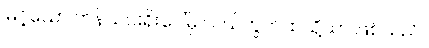
မြင့်သော ကန်သင်းရိုးပေါ်မှ လယ်ကွက်ထဲသို့သာ ဖြစ်သည်။